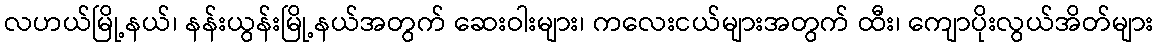
လဟယ်မြို့နယ်၊ နန်းယွန်းမြို့နယ်အတွက် ဆေးဝါးများ၊ ကလေးငယ်များအတွက် ထီး၊ ကျောပိုးလွယ်အိတ်များ